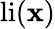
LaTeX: \operatorname{li}(\mathbf{x})